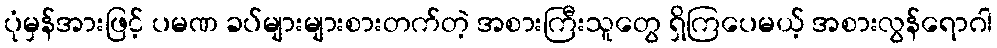
ပုံမှန်အားဖြင့် ပမဏ ခပ်များများစားတက်တဲ့ အစားကြီးသူတွေ ရှိကြပေမယ့် အစားလွန်ရောဂါ